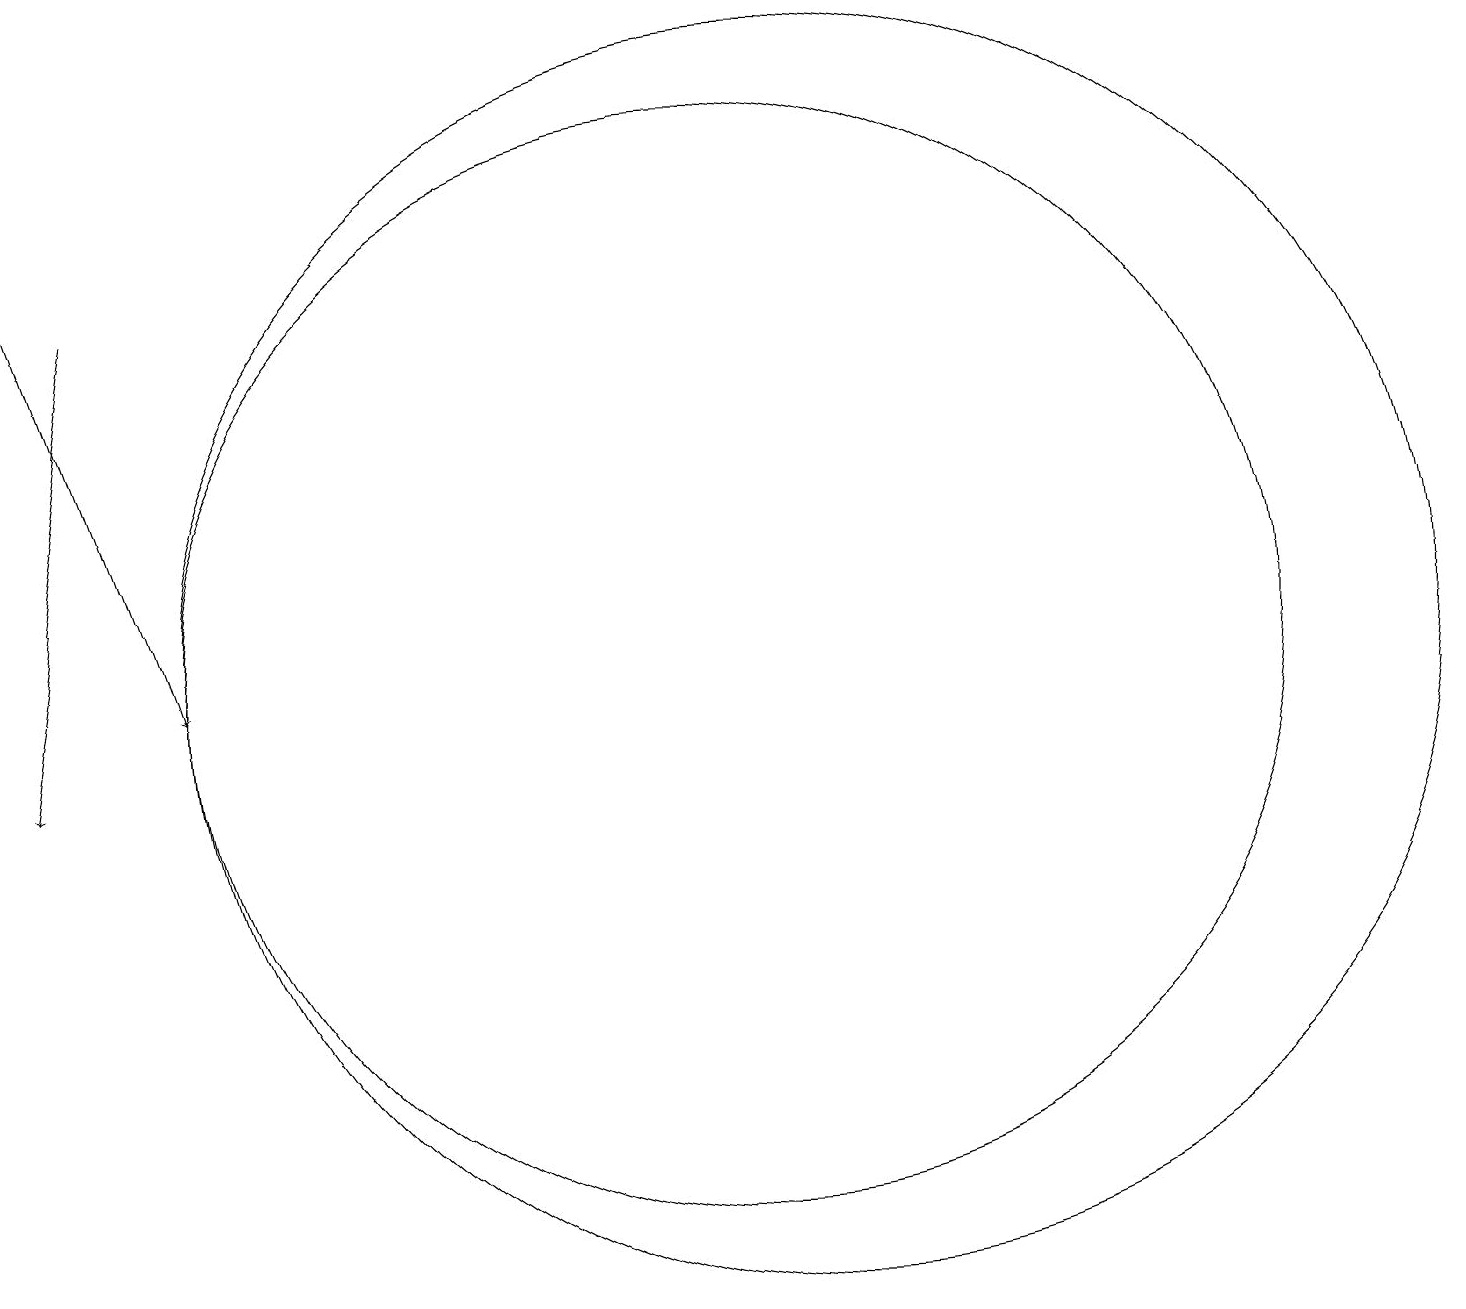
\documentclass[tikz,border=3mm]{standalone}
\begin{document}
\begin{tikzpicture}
\draw (10,12) circle (7);
\draw[->] (1,18) -- (3,12);
\draw[->] (2,17) -- (1,11);
\draw (11,12) circle (8);
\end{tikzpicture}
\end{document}